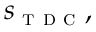
s _ { \textsc { t d c } } ,